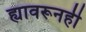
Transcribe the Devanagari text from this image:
ह्यावरूनही